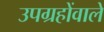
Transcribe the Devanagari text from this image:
उपग्रहोंवाले